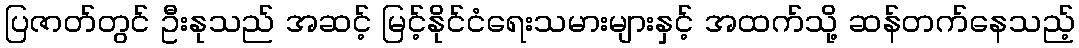
ပြဇာတ်တွင် ဦးနုသည် အဆင့် မြင့်နိုင်ငံရေးသမားများနှင့် အထက်သို့ ဆန်တက်နေသည့်